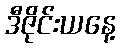
ဒီဇိုင်းယနေ့